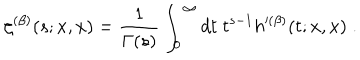
\zeta ^ { ( \beta ) } ( s ; x , x ) = \frac { 1 } { \Gamma ( s ) } \int _ { 0 } ^ { \infty } d t \; t ^ { s - 1 } h ^ { ( \beta ) } ( t ; x , x ) \; .